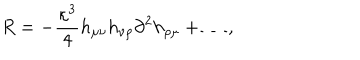
R = - \frac { \kappa ^ { 3 } } 4 h _ { \mu \nu } h _ { \nu \rho } \partial ^ { 2 } h _ { \rho \mu } + \ldots ,